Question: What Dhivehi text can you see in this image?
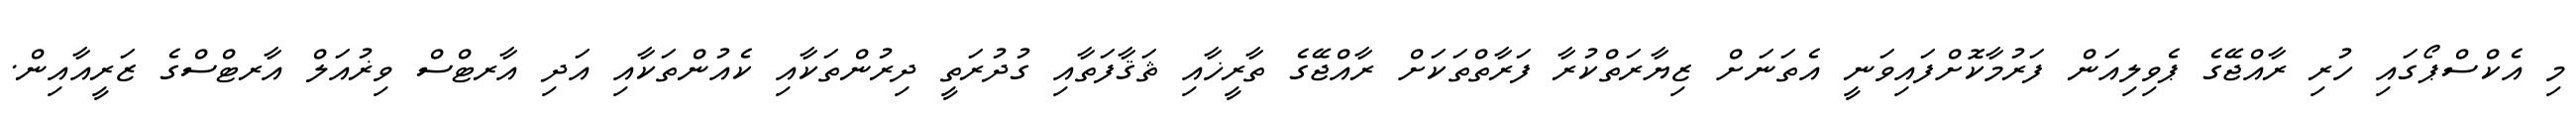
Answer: މި އެކްސްޕޯގައި ހުރި ރާއްޖޭގެ ޕެވިލިއަން ފަރުމާކޮށްފައިވަނީ އެތަނަށް ޒިޔާރަތްކުރާ ފަރާތްތަކަށް ރާއްޖޭގެ ތާރީޚާއި ޘަޤާފަތާއި ގުދުރަތީ ދިރުންތަކާއި ކެއުންތަކާއި އަދި އާރޓްސް ވިޜުއަލް އާރޓްސްގެ ޒަރީއާއިން.